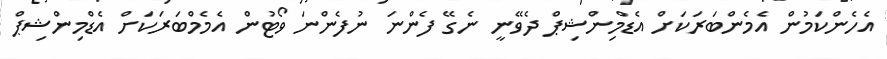
އެހެންކަމުން އެމެންބަރަކަށް އެޑްމިންޝިޕް ދެވޭނީ ނެގޭ ފެންނަ ނުފެންނަ ވޯޓުން އެމެމްބަރަކަށް އެޑްމިންޝިޕް